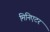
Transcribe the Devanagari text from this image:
मिनिएटर